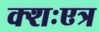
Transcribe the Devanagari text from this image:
क्शःएत्र